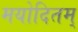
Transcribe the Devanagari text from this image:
मयोदितम्